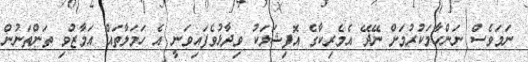
ނަމަވެސް ނަންހާމަކުރުމަށް ނޭދޭ އެމެރިކާގެ އޮފިޝަލަކު ވިދާޅުވެފައިވަނީ އެ ހަމަލާތައް އަމާޒުވި ތަންތަނުން